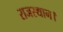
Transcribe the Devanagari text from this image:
राजस्थान।